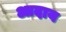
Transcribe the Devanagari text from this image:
आदाय